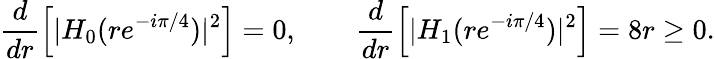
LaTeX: \frac{d}{dr}\Big[|H_{0}(re^{-i\pi/4})|^{2}\Big]=0,\qquad\frac{d}{dr}\Big[|H_{1}(re^{-i\pi/4})|^{2}\Big]=8r\geq 0.